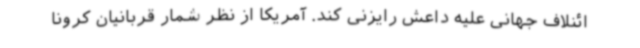
ائنلاف جهانی علیه داعش رایزنی کند. آمریکا از نظر شمار قربانیان کرونا